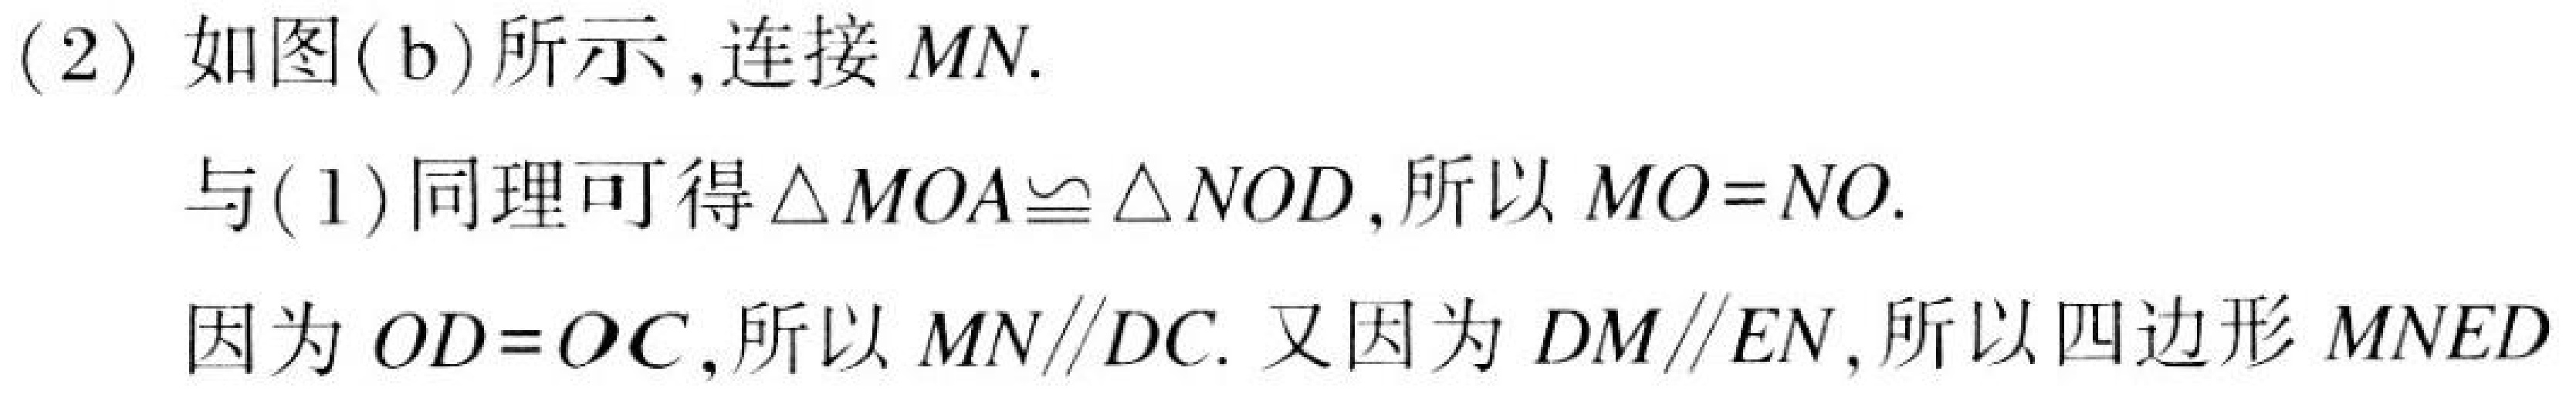
(2) 如图(b)所示,连接 \(MN\).
与(1)同理可得\(\triangle MOA\cong\triangle NOD\),所以 \(MO = NO\).
因为 \(OD = OC\),所以 \(MN\parallel DC\). 又因为 \(DM\parallel EN\),所以四边形 \(MNED\)